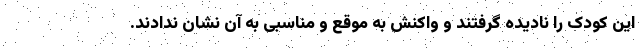
این کودک را نادیده گرفتند و واکنش به موقع و مناسبی به آن نشان ندادند.